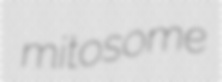
mitosome